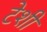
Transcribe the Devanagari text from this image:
टेशी